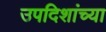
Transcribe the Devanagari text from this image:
उपदिशांच्या